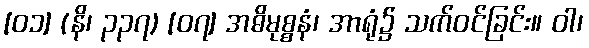
[၀၁] (နိ၊ ၃၃၇) [၀၇] အဓိမုစ္စနံ၊ အာရုံ၌ သက်ဝင်ခြင်း။ ဝါ၊